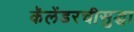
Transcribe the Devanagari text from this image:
कॅलेंडरचीसुद्घा